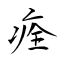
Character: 痊